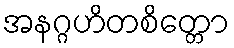
အနဂ္ဂဟိတစိတ္တော